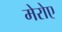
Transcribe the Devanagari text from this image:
मेरोए